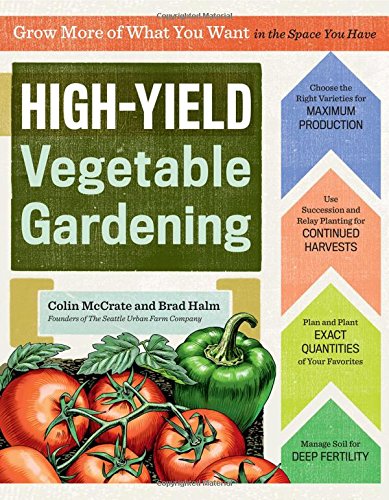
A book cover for High-Yield Vegetable Gardening: Grow More of What You Want in the Space You Have; Colin McCrate; Crafts, Hobbies & Home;